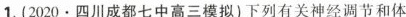
1.（2020·四川成都七中高三模拟）下列有关神经调节和体